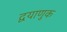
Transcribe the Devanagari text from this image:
द्वयाणुक